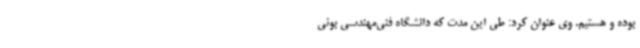
بوده و هستیم. وی عنوان کرد: طی این مدت که دانشگاه فنی‌مهندسی بوئی